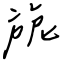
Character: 旎